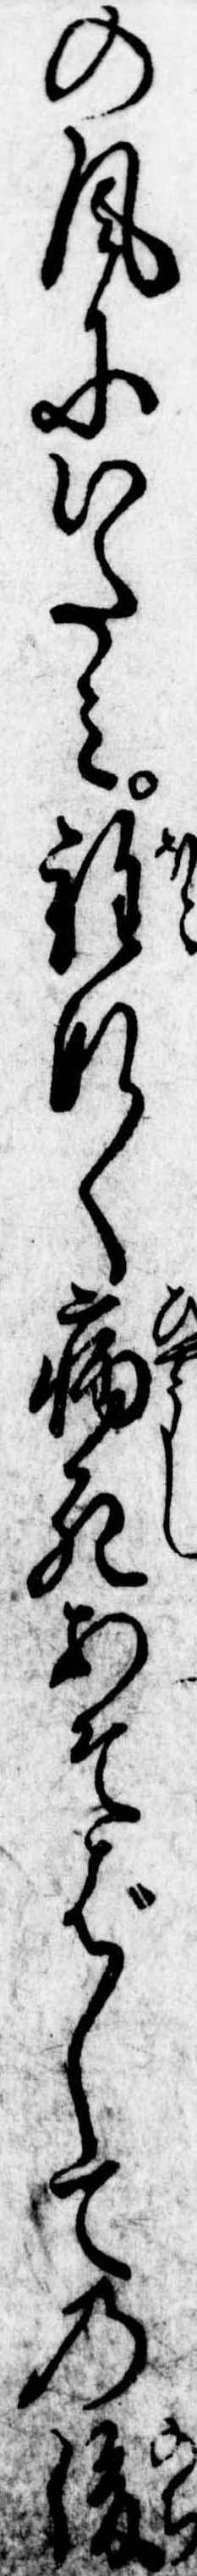
の風にいたみ程なく病死あそばしての後